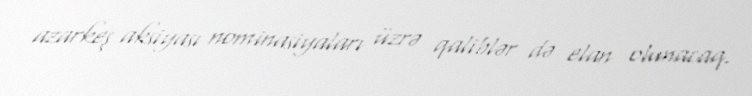
azarkeş aksiyası nominasiyaları üzrə qaliblər də elan olunacaq.